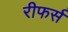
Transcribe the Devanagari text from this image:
रीफर्स